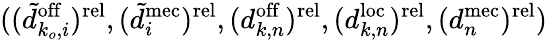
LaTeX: ((\tilde{d}_{k_{o},i}^{\mathrm{off}})^{\mathrm{rel}},(\tilde{d}_{i}^{\mathrm{mec}})^{\mathrm{rel}},(d_{k,n}^{\mathrm{off}})^{\mathrm{rel}},(d_{k,n}^{\mathrm{loc}})^{\mathrm{rel}},(d_{n}^{\mathrm{mec}})^{\mathrm{rel}})